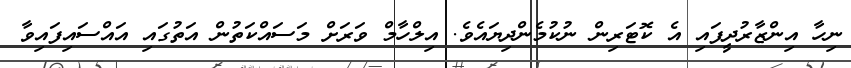
ނިހާ އިންޒާރުދީފައި އެ ކޮޓަރިން ނުކުމެންދިޔައެވެ. އިލްހާމް ވަރަށް މަސައްކަތުން އަތުގައި އައްސައިފައިވާ